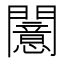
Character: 𫔪